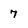
Character: 7